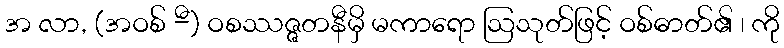
အ လာ, (အဝစ် -ီ) ဝစဿဇ္ဇတနီမှိ မကာရော ဩသုတ်ဖြင့် ဝစ်ဓာတ်၏ ၊ ကို